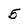
Character: 5